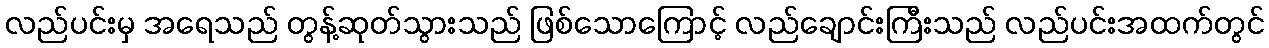
လည်ပင်းမှ အရေသည် တွန့်ဆုတ်သွားသည် ဖြစ်သောကြောင့် လည်ချောင်းကြီးသည် လည်ပင်းအထက်တွင်